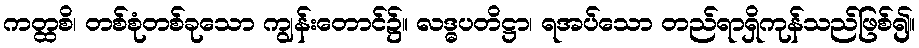
ကတ္ထစိ၊ တစ်စုံတစ်ခုသော ကျွန်းတောင်၌။ လဒ္ဓပတိဋ္ဌာ၊ ရအပ်သော တည်ရာရှိကုန်သည်ဖြစ်၍။